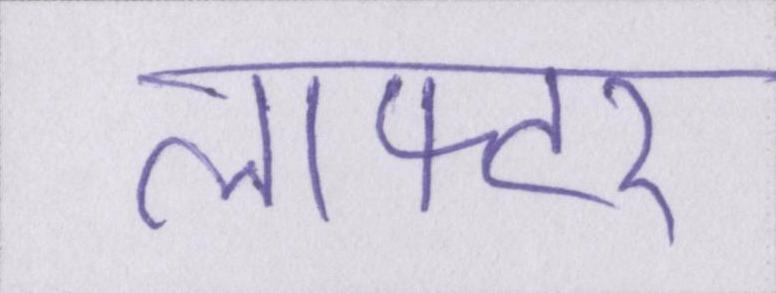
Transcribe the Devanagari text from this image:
लाफ्टर